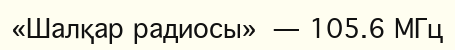
«Шалқар радиосы» — 105.6 МГц